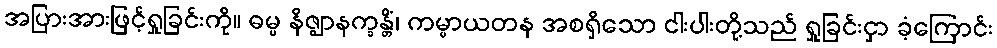
အပြားအားဖြင့်ရှုခြင်းကို။ ဓမ္မ နိဇ္ဈာနက္ခန္တိံ၊ ကမ္မာယတန အစရှိသော ငါးပါးတို့သည် ရှုခြင်းငှာ ခံ့ကြောင်း